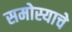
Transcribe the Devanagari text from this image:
समोस्याचे